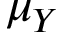
\mu _ { Y }